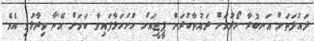
ދައުލަތަށް އަނބުރާ ހޯދުމަށް ދައުވާކުރަން ޕީޖީއަށް ހުށަހަޅާފައިވާ ކަމަށް އޭނާ ވިދާޅުވި އެވެ.